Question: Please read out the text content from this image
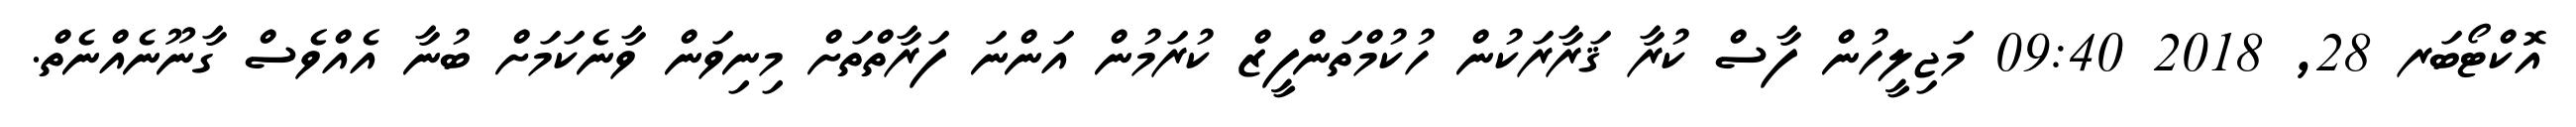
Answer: އޮކްޓޯބަރ 28, 2018 09:40 މަޖިލީހުން ފާސް ކުރާ ޤަރާރަކުން ހުކުމްތަންފީޒް ކުރަމުން އަންނަ ފަރާތްތަށް މިނިވަން ވާނެކަމަށް ބުނާ އެއްވެސް ގާނޫނެއްނެތް.